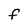
Character: F